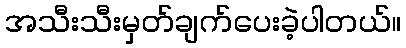
အသီးသီးမှတ်ချက်ပေးခဲ့ပါတယ်။